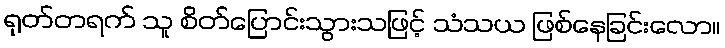
ရုတ်တရက် သူ စိတ်ပြောင်းသွားသဖြင့် သံသယ ဖြစ်နေခြင်းလော။